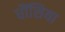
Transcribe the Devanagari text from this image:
धौंसिया